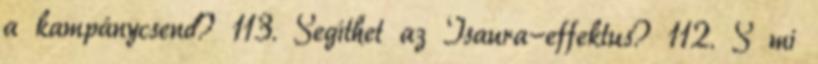
a kampánycsend? 113. Segíthet az Isaura-effektus? 112. S mi